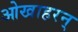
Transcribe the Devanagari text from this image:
ओखाहरन्